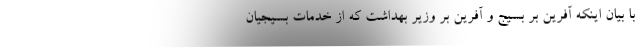
با بیان اینکه آفرین بر بسیج و آفرین بر وزیر بهداشت که از خدمات بسیجیان